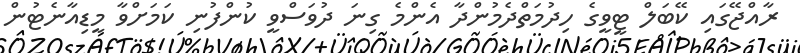
ރާއްޖޭގައި ކޭބަލް ޓީވީގެ ހިދުމަތްދެމުންދާ އެންމެ ގިނަ ދުވަސްވީ ކުންފުނި ކަމަށްވާ މީޑިއާނެޓުން